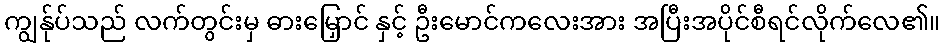
ကျွန်ုပ်သည် လက်တွင်းမှ ဓားမြှောင် နှင့် ဦးမောင်ကလေးအား အပြီးအပိုင်စီရင်လိုက်လေ၏။